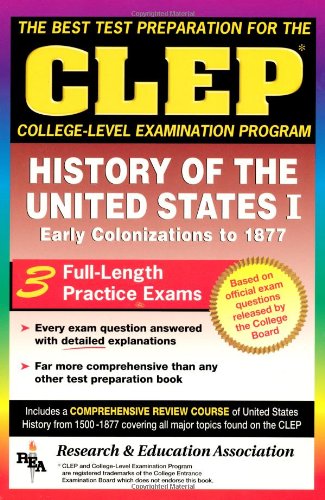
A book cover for CLEP History of the United States I (CLEP Test Preparation); Editors of REA; Test Preparation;